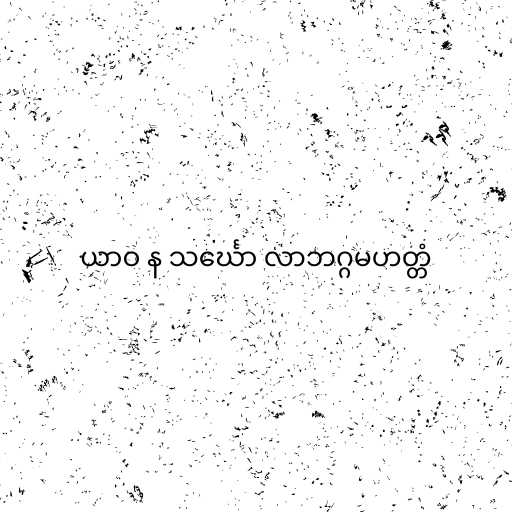
ယာဝ န သင်္ဃော လာဘဂ္ဂမဟတ္တံ